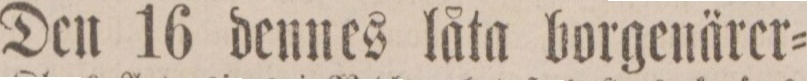
Den 16 dennes låta borgenärer=